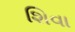
શિવા